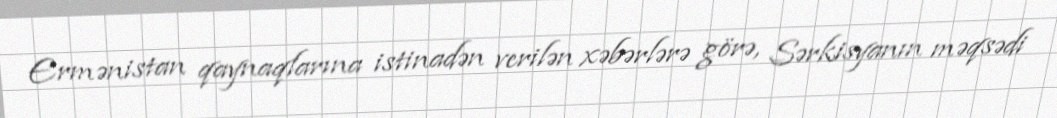
Ermənistan qaynaqlarına istinadən verilən xəbərlərə görə, Sərkisyanın məqsədi